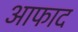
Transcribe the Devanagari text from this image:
आफाद